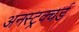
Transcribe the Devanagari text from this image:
अनस्ट्रक्चर्ड